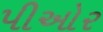
પીઓર